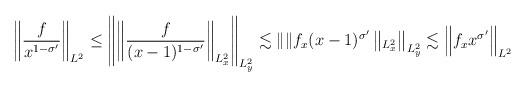
LaTeX: \begin{align*} \left\|\frac{f}{x^{1-\sigma'}}\right\|_{L^{2}} \leq\left\|\left\| \frac{f}{(x-1)^{1-\sigma'}}\right\|_{L_{x}^{2}}\right\|_{L_{y}^{2}} \lesssim\|\| f_{x}(x-1)^{\sigma'}\left\|_{L_{x}^{2}}\right\|_{L_{y}^{2}} \lesssim\left\|f_{x} x^{\sigma'}\right\|_{L^{2}}\end{align*}